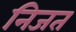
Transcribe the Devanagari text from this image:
निजत